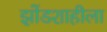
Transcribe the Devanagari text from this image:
झोंडशाहीला